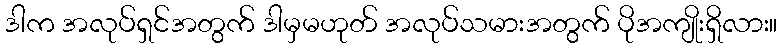
ဒါက အလုပ်ရှင်အတွက် ဒါမှမဟုတ် အလုပ်သမားအတွက် ပိုအကျိုးရှိလား။